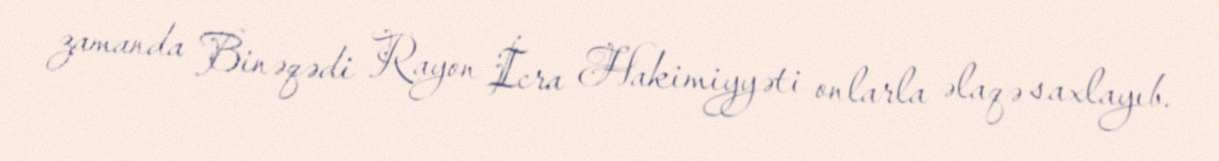
zamanda Binəqədi Rayon İcra Hakimiyyəti onlarla əlaqə saxlayıb.